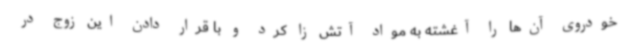
خودروی آن‌ها را آغشته به مواد آتش زا کرد و با قرار دادن این زوج در